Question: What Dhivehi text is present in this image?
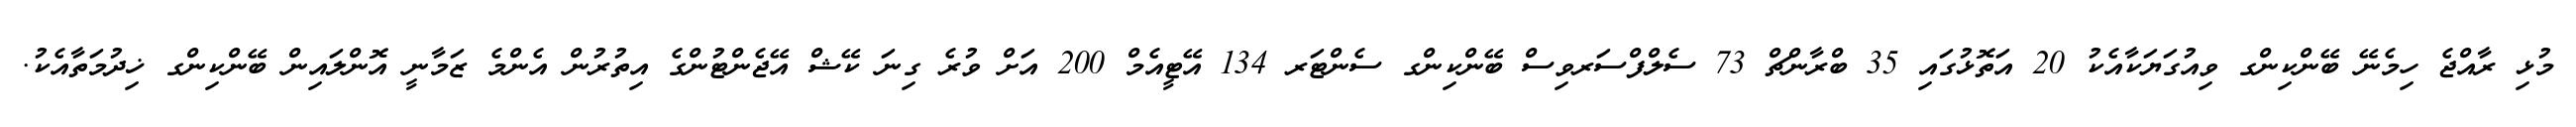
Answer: މުޅި ރާއްޖެ ހިމެނޭ ބޭންކިންގ ވިއުގަޔަކާއެކު 20 އަތޮޅުގައި 35 ބްރާންޗް 73 ސެލްފްސަރވިސް ބޭންކިންގ ސެންޓަރ 134 އޭޓީއެމް 200 އަށް ވުރެ ގިނަ ކޭޝް އޭޖެންޓުންގެ އިތުރުން އެންމެ ޒަމާނީ އޮންލައިން ބޭންކިންގ ޚިދުމަތާއެކު.